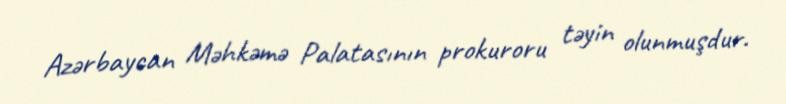
Azərbaycan Məhkəmə Palatasının prokuroru təyin olunmuşdur.